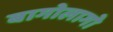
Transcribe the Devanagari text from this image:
बागोलागो